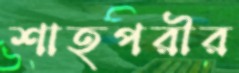
শাহপরীর